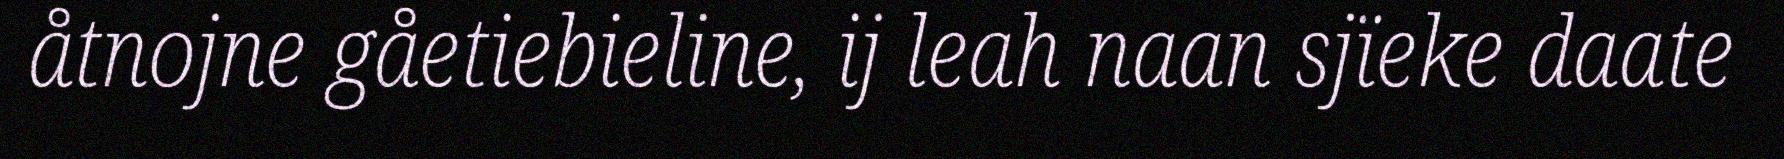
åtnojne gåetiebieline, ij leah naan sjïeke daate